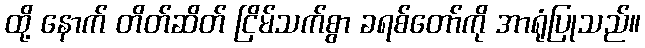
ထို့ နောက် တိတ်ဆိတ် ငြိမ်သက်စွာ ခရစ်တော်ကို အာရုံပြုသည်။